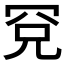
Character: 𰭉